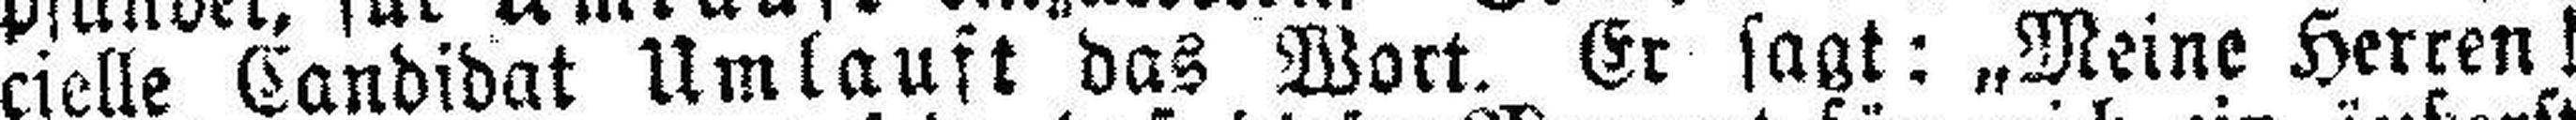
cielle Candidat Umlauft das Wort. Er sagt: „Meine Herren!